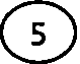
(5)